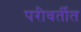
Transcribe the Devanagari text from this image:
परीवर्तीत